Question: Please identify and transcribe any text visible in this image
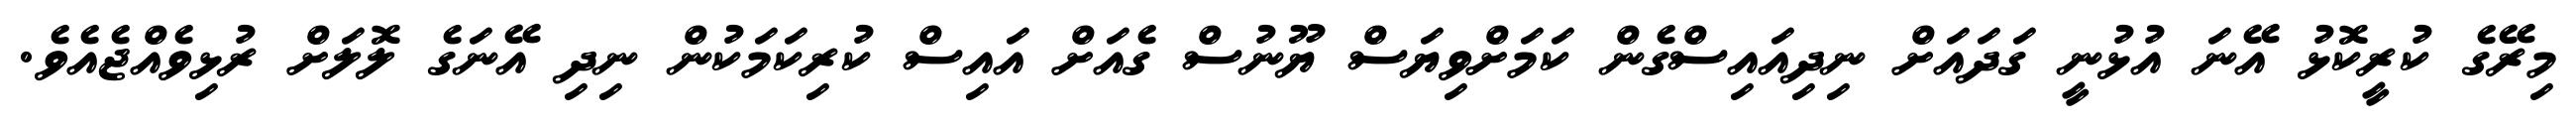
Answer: މިރޭގެ ކުރީކޮޅު އޭނަ އުޅުނީ ގަދައަށް ނިދިއައިސްގެން ކަމަށްވިޔަސް ޔޫނުސް ގެއަށް އައިސް ކުރިކަމަކުން ނިދި އޭނަގެ ލޮލަށް ރުޅިވެއްޖެއެވެ.